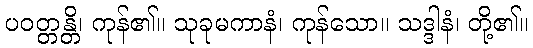
ပဝတ္တန္တိ၊ ကုန်၏။ သုခုမကာနံ၊ ကုန်သော။ သဒ္ဒါနံ၊ တို့၏။